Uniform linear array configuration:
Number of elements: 24
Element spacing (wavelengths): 1
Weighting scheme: hamming
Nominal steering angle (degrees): -30
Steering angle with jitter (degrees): -30.92
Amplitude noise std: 0.05
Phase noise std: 0.05

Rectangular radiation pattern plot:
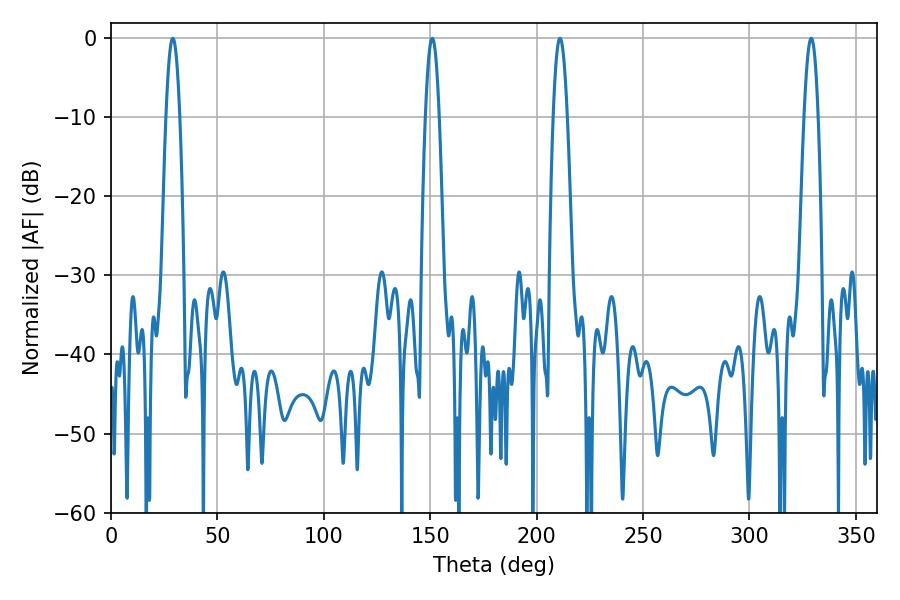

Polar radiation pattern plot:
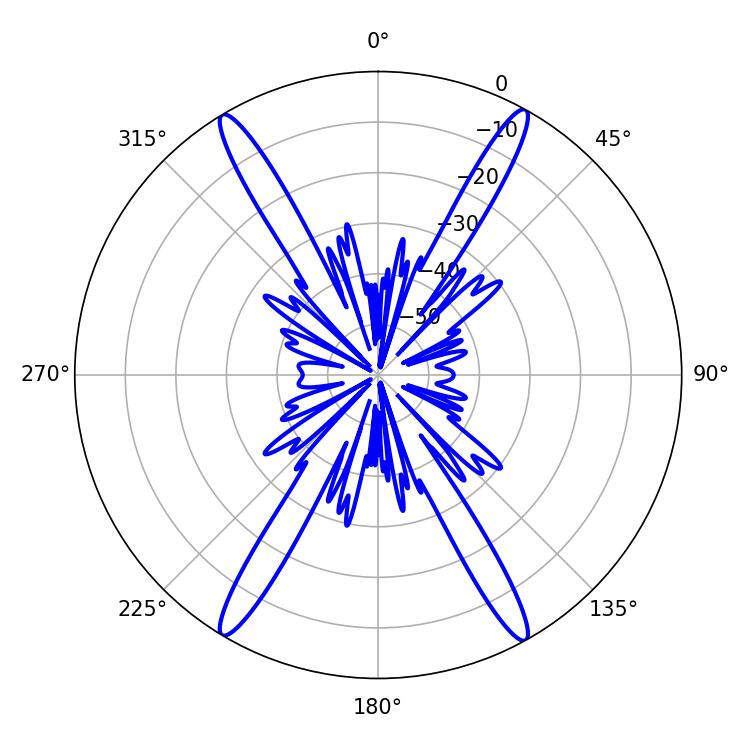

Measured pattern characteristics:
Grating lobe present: TRUE
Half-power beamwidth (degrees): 3.6
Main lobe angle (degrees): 210.96